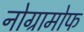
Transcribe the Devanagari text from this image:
नोग्रामोफ